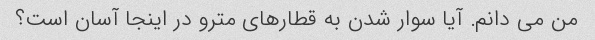
من می دانم. آیا سوار شدن به قطارهای مترو در اینجا آسان است؟